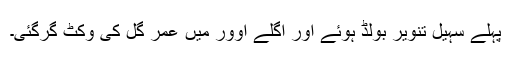
پہلے سہیل تنویر بولڈ ہوئے اور اگلے اوور میں عمر گل کی وکٹ گرگئی۔